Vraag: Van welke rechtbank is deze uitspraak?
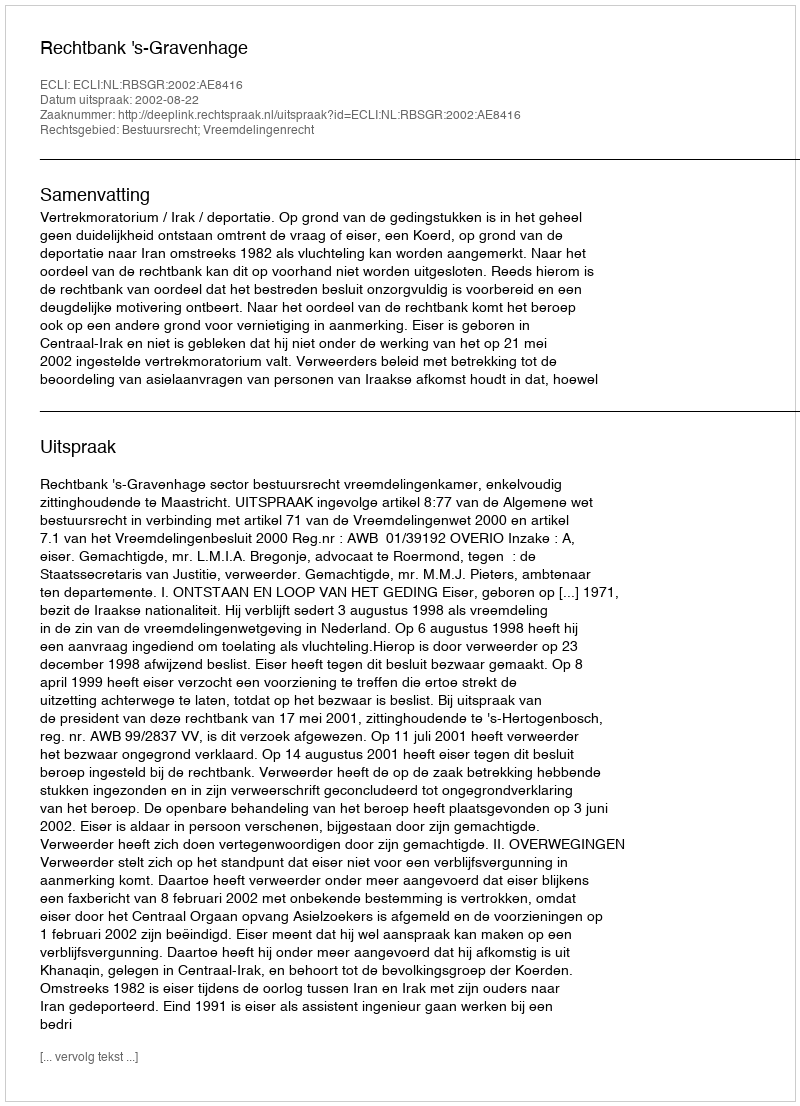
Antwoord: Rechtbank 's-Gravenhage